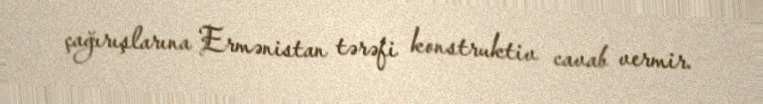
çağırışlarına Ermənistan tərəfi konstruktiv cavab vermir.